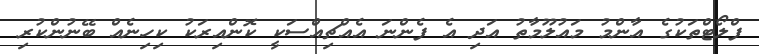
ފްލޯޓްތަކުގެ އާންމު މައުލޫމާތު އަދި އެ ފެންނަ އެއްޗިއްސަކީ ކޮންއިރަކު ކިހިނެއް ބޭނުންކުރި